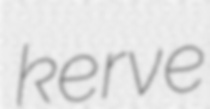
kerve